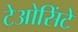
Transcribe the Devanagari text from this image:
टेओसिंटे